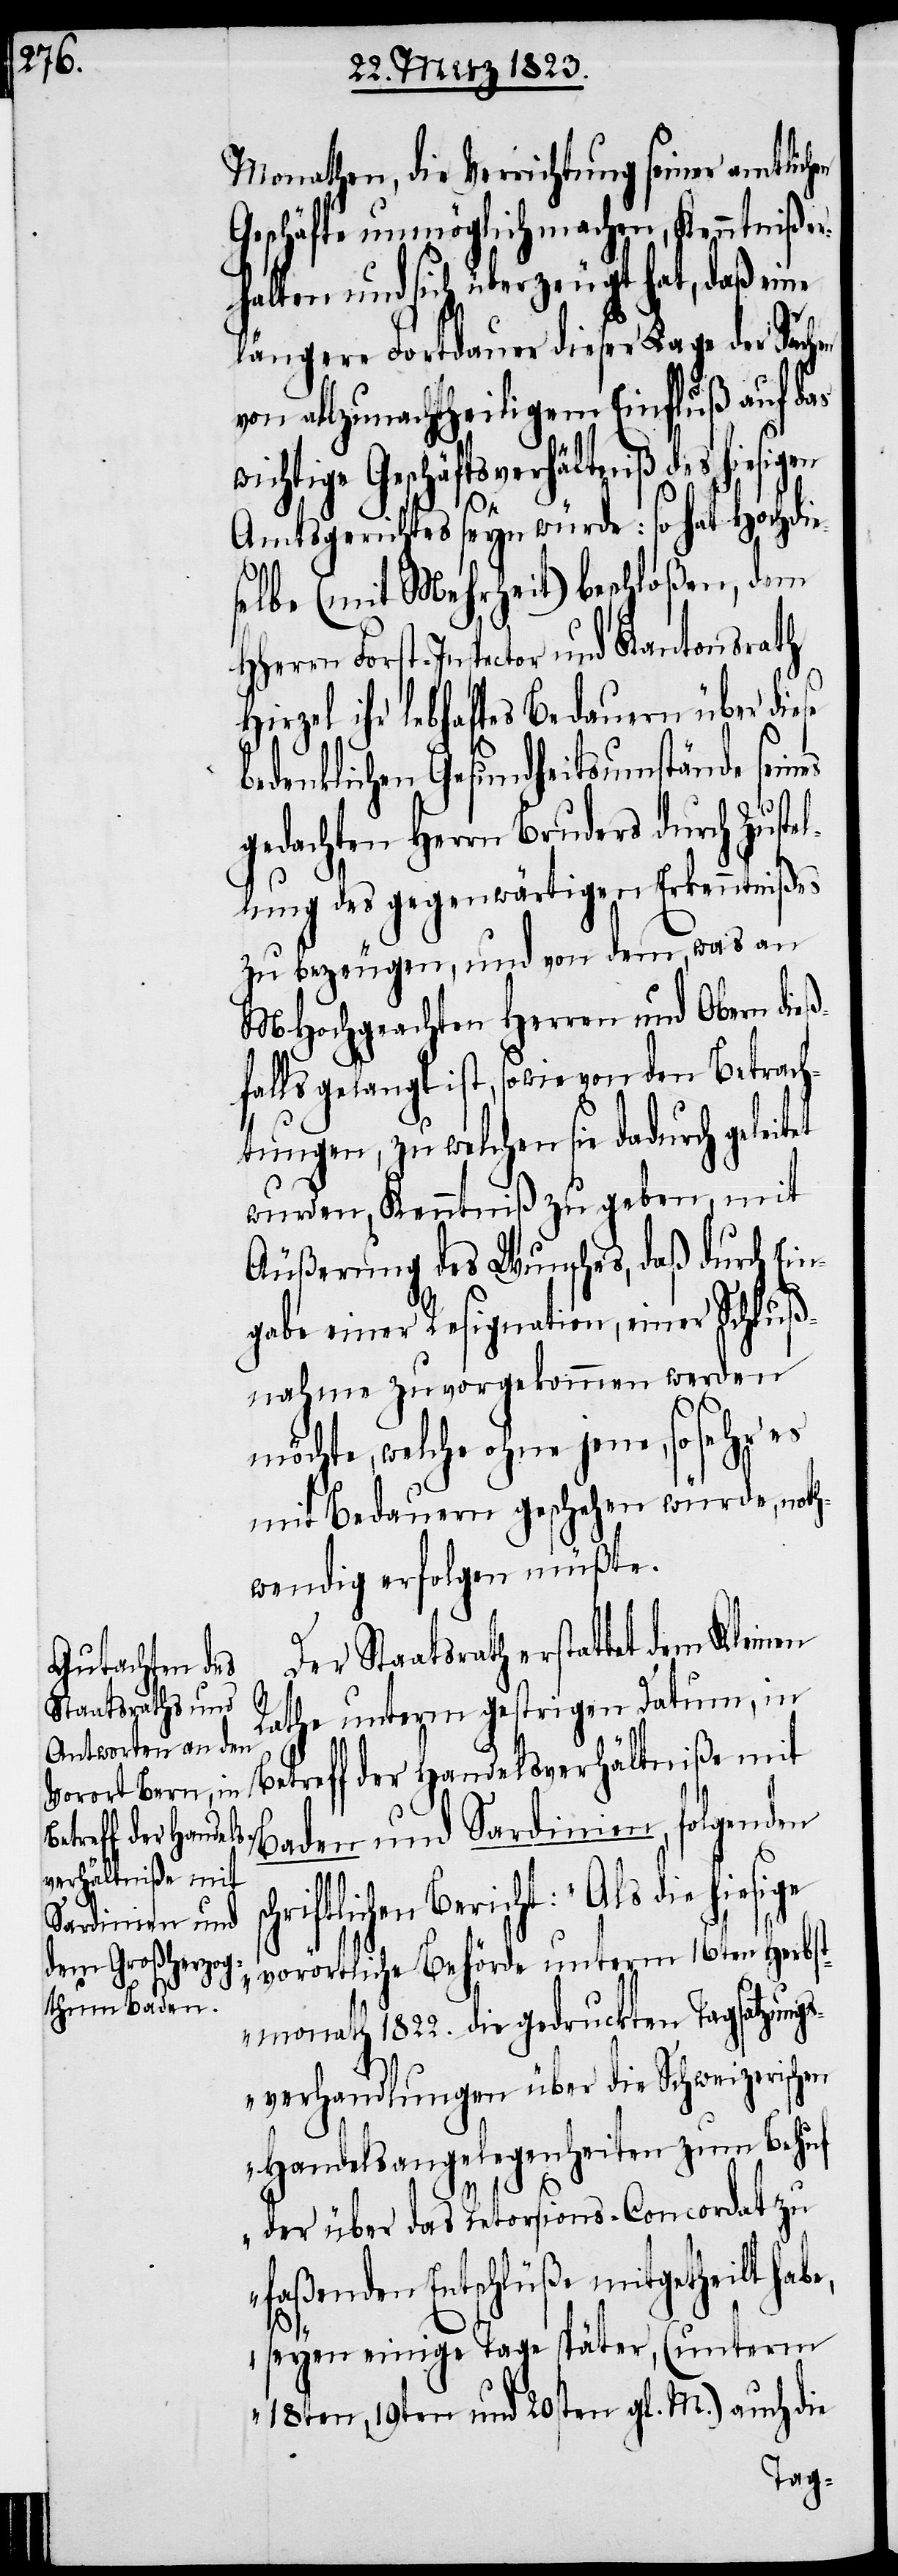
H¬

Monathen, die Verrichtung seiner amtlichen
Geschäfte unmöglich machen, Kenntniß e¬
rhalten und sich überzeugt hat, daß eine
längere Fortdauer dieser Lage der Sachen
von allzunachtheiligem Einfluß auf das
wichtige Geschäftsverhältniß des hiesigen
tet
Amtsgerichtes seyn würde: so hat Hochdie¬
selbe (mit Mehrheit) beschloßen, dem
HHerrn Forst-Inspector und Kantonsrath
irzel ihr lebhaftes Bedauern über die¬
bedenklichen Gesundheitsumstände sein¬
schr¬
gedachten Herrn Bruders durch Zustel¬
lung des gegenwärtigen Erkenntnißes
zu bezeugen, und von dem, was an
MHochgeachten Herren und Obern dieß¬
falls gelangt ist, sowie von den Betrach¬
tungen, zu welchen sie dadurch gelei¬
wurden, Kenntniß zu geben, mit
Äußerung des Wunsches, daß durch Ein¬
gabe einer Resignation, einer Schluß¬
nahme zuvorgekommen werden
möchte, welche ohne jene, so sehr es
mit Bedauern geschehen würde, noth¬
wendig erfolgen müßte.
Der Staatsrath erstattet dem Kleinen
Rathe unterm gestrigen Datum, in
Betreff der Handelsverhältniße mit
Baden und Sardinien, folgenden
iftlichen Bericht: „Als die
vorörtliche Behörde unterm 16ten Herbst¬
monath 1822. die gedruckten Tagsatzungs¬
verhandlungen über die Schweizerischen
Handelsangelegenheiten zum Behuf
der über das Retorsions-Concordat zu
faßenden Entschlüße mitgetheilt habe,
se
seyen einige Tage später, (unterm
18ten, 19ten und 20sten gl. M.) auch die